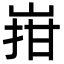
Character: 㟛